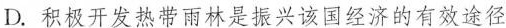
D.积极开发热带雨林是振兴该国经济的有效途径